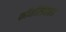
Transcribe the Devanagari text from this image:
फॉर्मल्डिहाइड